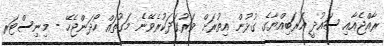
ރާއްޖެއާއި ސައުދީ އަރަބިއްޔާގެ ގުޅުން އިތުރަށް ވަރުގަދަކުރެވޭނެ މަގުތައް ހޯދަންޖެހޭ - މިނިސްޓަރ